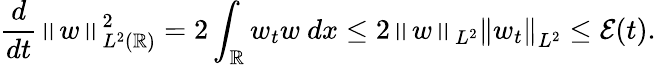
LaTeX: \frac{d}{dt}\left\| w\right\| _{L^{2}(\mathbb R)}^{2}=2\int_{\mathbb R}w_{t}w\ dx\leq 2\left\| w\right\| _{L^{2}}\left\| w_{t}\right\| _{L^{2}}\leq\mathcal{E}(t).